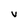
Character: V